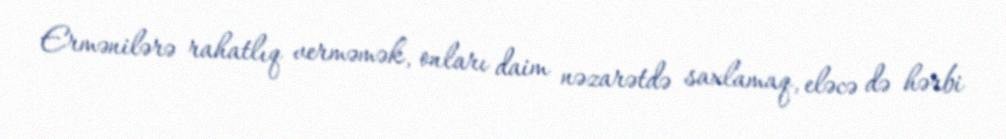
Ermənilərə rahatlıq verməmək, onları daim nəzarətdə saxlamaq, eləcə də hərbi